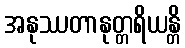
အနုဿတာနုတ္တရိယန္တိ